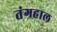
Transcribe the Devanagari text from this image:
तंगहाल